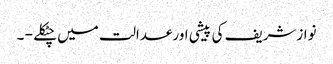
نوازشریف کی پیشی اورعدالت میں چٹکلے - ۔